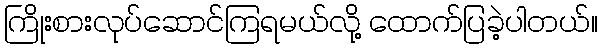
ကြိုးစားလုပ်ဆောင်ကြရမယ်လို့ ထောက်ပြခဲ့ပါတယ်။